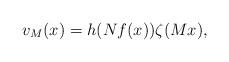
LaTeX: \begin{align*}v_M(x) = h(Nf(x))\zeta(Mx),\end{align*}